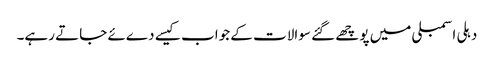
دہلی اسمبلی میں پوچھے گئے سوالات کے جواب کیسے دےئے جاتے رہے۔